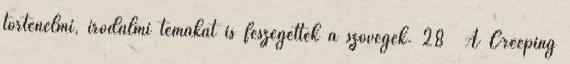
történelmi, irodalmi témákat is feszegettek a szövegek. 28 A Creeping